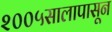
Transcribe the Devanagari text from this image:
२००५सालापासून